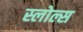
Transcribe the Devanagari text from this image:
स्लोल्स